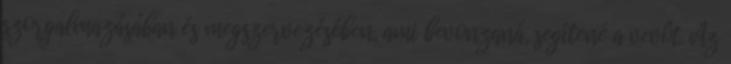
szorgalmazásában és megszervezésében, ami bevonzaná, segítené a vevôt. Az